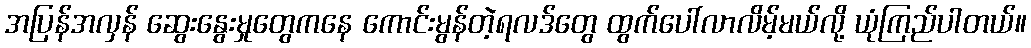
အပြန်အလှန် ဆွေးနွေးမှုတွေကနေ ကောင်းမွန်တဲ့ရလဒ်တွေ ထွက်ပေါ်လာလိမ့်မယ်လို့ ယုံကြည်ပါတယ်။